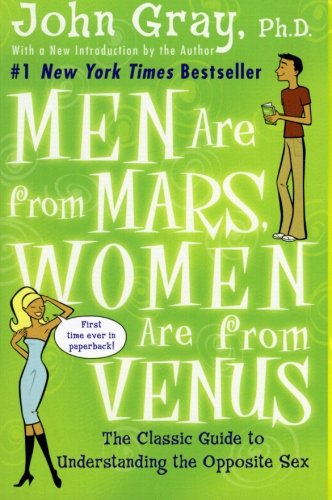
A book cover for Men Are from Mars, Women Are from Venus: The Classic Guide to Understanding the Opposite Sex; John Gray; Self-Help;